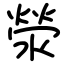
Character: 滎